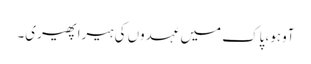
آوہو، پاک میں عہدوں کی ہیرا پھیری۔